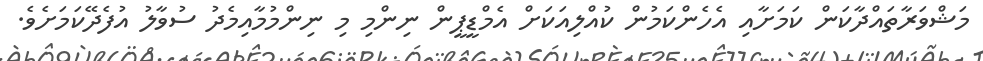
މަޝްވަރާތައްދާކަން ކަމަށާއި އެހެންކަމުން ކުއްލިއަކަށް އެމްޑީޕީން ނިންމި މި ނިންމުމާއިމެދު ސުވާލު އުފެދޭކަމަށެވެ.